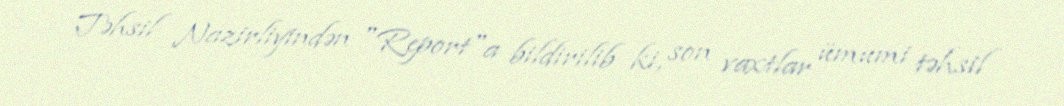
Təhsil Nazirliyindən "Report"a bildirilib ki, son vaxtlar ümumi təhsil